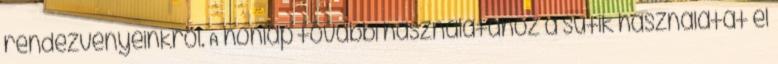
rendezvényeinkről. A honlap további használatához a sütik használatát el